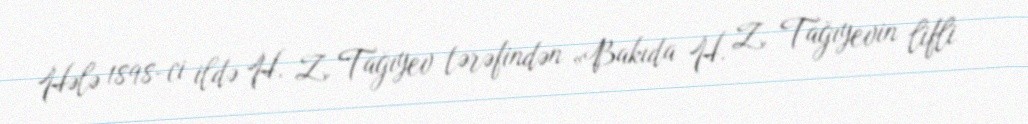
Hələ 1898-ci ildə H. Z. Tağıyev tərəfindən «Bakıda H. Z. Tağıyevin lifli